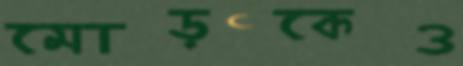
মোড়কেও